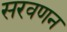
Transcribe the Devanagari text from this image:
सरवणन